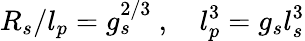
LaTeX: R_{s}/l_{p}=g_{s}^{2/3}\ ,\quad l_{p}^{3}=g_{s}l_{s}^{3}